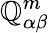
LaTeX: \mathbb{Q}_{\alpha\beta}^{m}